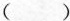
( )